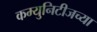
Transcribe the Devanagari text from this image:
कम्युनिटीजच्या